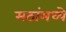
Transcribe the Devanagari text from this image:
मठांमध्ये